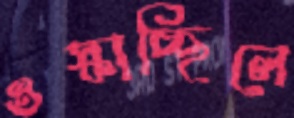
ওস্‌কাচ্ছিলে